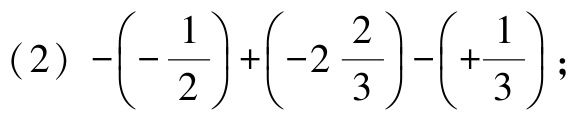
(2) \(-\left(-\dfrac{1}{2}\right)+\left(-2\dfrac{2}{3}\right)-\left(+\dfrac{1}{3}\right)\);